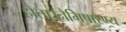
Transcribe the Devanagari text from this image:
होता।नैमिषारण्य